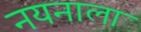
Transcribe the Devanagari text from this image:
नयनाला